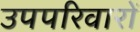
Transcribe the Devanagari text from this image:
उपपरिवारों